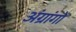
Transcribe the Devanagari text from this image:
अंग्रांगों